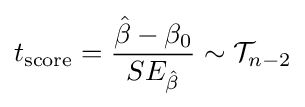
t_{\text{score}}={\frac {{\hat {\beta }}-\beta _{0}}{SE_{\hat {\beta }}}}\sim {\mathcal {T}}_{n-2}